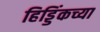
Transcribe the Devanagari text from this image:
हिड्डिंकच्या